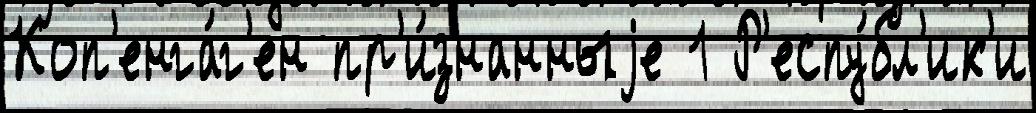
Коп'енга́г'ен пр'и́знанныjе 1 Р'еспу́бл'ик'и